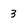
Character: 3